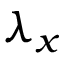
\lambda _ { x }